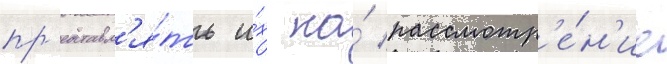
пр'едставл'я́ть и́х на́ рассмотр'е́н'ие